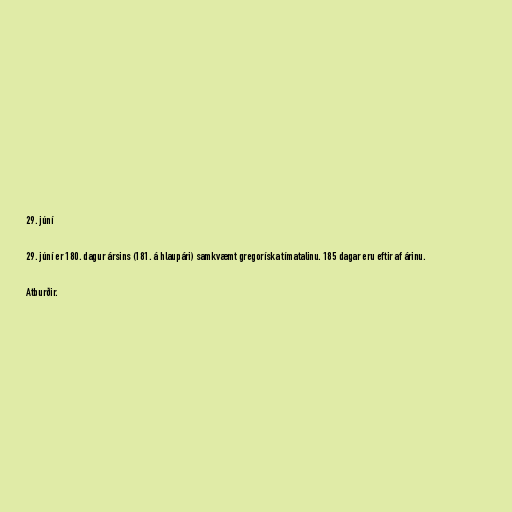
29. júní

29. júní er 180. dagur ársins (181. á hlaupári) samkvæmt gregoríska tímatalinu. 185 dagar eru eftir af árinu.

Atburðir.